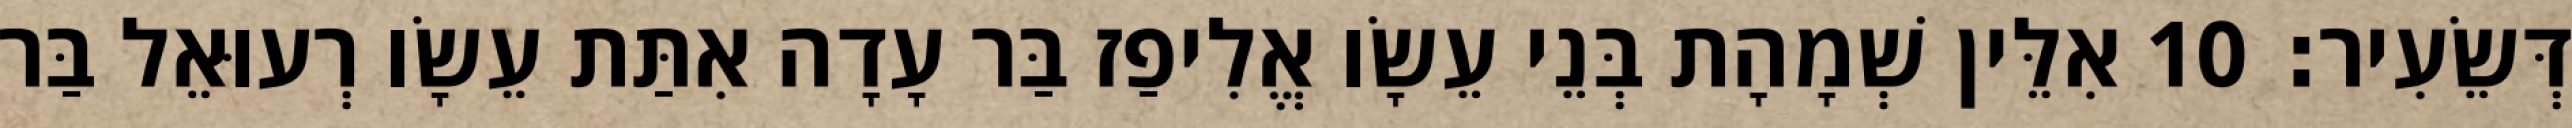
דְּשֵׂעִיר׃ 10 אִלֵּין שְׁמָהָת בְּנֵי עֵשָׂו אֱלִיפַז בַּר עָדָה אִתַּת עֵשָׂו רְעוּאֵל בַּר